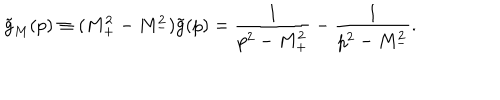
LaTeX: \tilde { g } _ { M } ( p ) \equiv ( M _ { + } ^ { 2 } - M _ { - } ^ { 2 } ) \tilde { g } ( p ) = \frac { 1 } { p ^ { 2 } - M _ { + } ^ { 2 } } - \frac { 1 } { p ^ { 2 } - M _ { - } ^ { 2 } } .